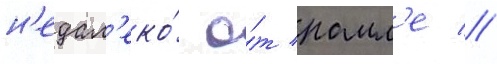
н'едал'еко́ о́т рамл'е //